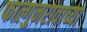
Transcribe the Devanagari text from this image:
फाल्गुनरावाच्या